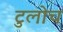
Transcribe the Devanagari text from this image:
टुलोच